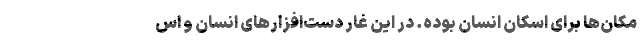
مکان‌ها برای اسکان انسان بوده. در این غار دست‌افزارهای انسان و اس